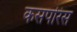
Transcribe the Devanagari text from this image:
कसपरिस